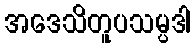
အဒေသိတူပသမ္ပဒါ